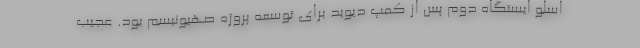
اسلو ایستگاه دوم پس از کمپ دیوید برای توسعه پروژه صهیونیسم بود. عجیب